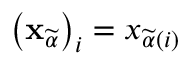
\left( \mathbf { x } _ { \widetilde { \alpha } } \right) _ { i } = x _ { \widetilde { \alpha } \left( i \right) }